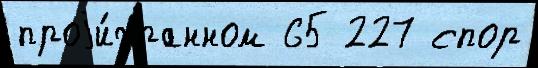
проjи́гранном 65 227 спор